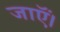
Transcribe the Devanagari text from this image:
जाऍं।